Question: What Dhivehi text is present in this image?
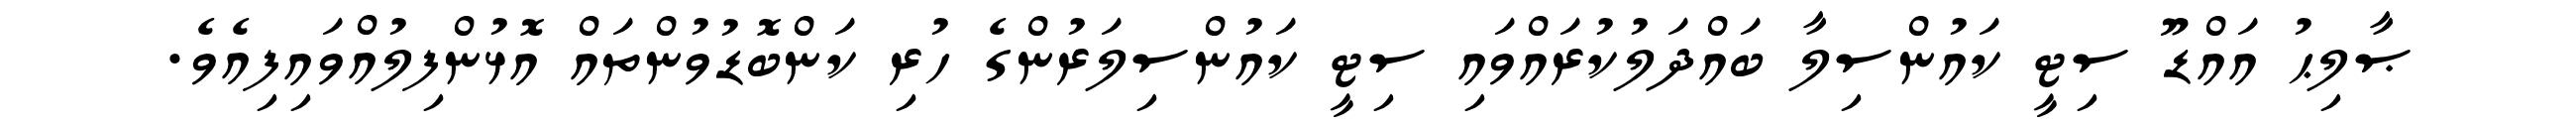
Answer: ޞާލިޙު އައްޑޫ ސިޓީ ކައުންސިލާ ބައްދަލުކުރައްވައި ސިޓީ ކައުންސިލަރުންގެ ހުރި ކަންބޮޑުވުންތައް އޮޅުންފިލުއްވައިފިއެވެ.